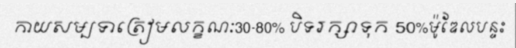
កាយសម្បទាត្រៀមលក្ខណៈ30-80% បិទរក្សាទុក 50%ម៉ូឌែលបន្ទះ